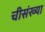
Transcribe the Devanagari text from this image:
चीसंख्या